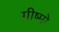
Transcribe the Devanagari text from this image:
ग्रीष्मो